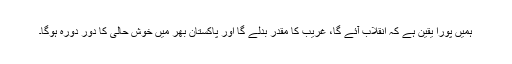
ہمیں پورا یقین ہے کہ اِنقلاب آئے گا، غریب کا مقدر بدلے گا اور پاکستان بھر میں خوش حالی کا دور دورہ ہوگا۔